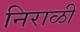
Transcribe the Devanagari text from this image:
निराळीं